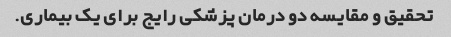
تحقیق و مقایسه دو درمان پزشکی رایج برای یک بیماری.